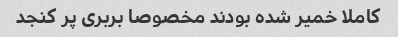
کاملا خمیر شده بودند مخصوصا بربری پر کنجد